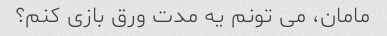
مامان، می تونم یه مدت ورق بازی کنم؟